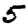
Digit: 5